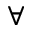
{ \forall }